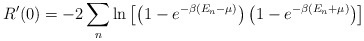
\begin{align*}R'(0)=-2\sum_n\ln\left[\left(1-e^{-\beta(E_n-\mu)}\right)\left(1-e^{-\beta(E_n+\mu)}\right)\right]\end{align*}